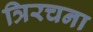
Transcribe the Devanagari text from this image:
त्रिरचना